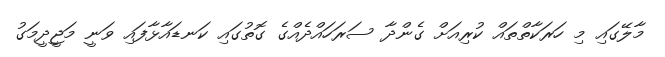
މާލޭގައި މި ހަރަކާތްތައް ކުރިއަށް ގެންދާ ސަރަހައްދެއްގެ ގޮތުގައި ކަނޑައާޅާފައި ވަނީ މަޖީދީމަގު